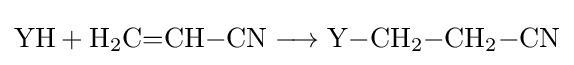
\mathrm {YH+H_{2}C{=}CH{-}CN\longrightarrow Y{-}CH_{2}{-}CH_{2}{-}CN}